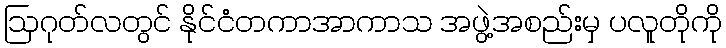
ဩဂုတ်လတွင် နိုင်ငံတကာအာကာသ အဖွဲ့အစည်းမှ ပလူတိုကို